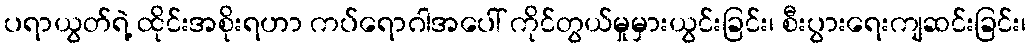
ပရာယွတ်ရဲ့ ထိုင်းအစိုးရဟာ ကပ်ရောဂါအပေါ် ကိုင်တွယ်မှုမှားယွင်းခြင်း၊ စီးပွားရေးကျဆင်းခြင်း၊